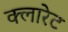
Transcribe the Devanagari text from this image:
क्लारेट